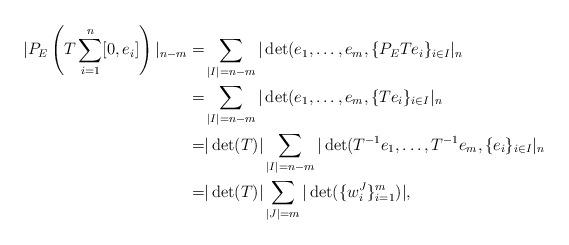
LaTeX: \begin{align*} |P_{E} \left(T \sum_{i=1}^n [0, e_i]\right)|_{n-m} = & \sum_{|I|=n-m} |\det(e_1, \dots, e_m, \{P_E T e_i\}_{i \in I}|_{n} \\=&\sum_{|I|=n-m} |\det(e_1, \dots, e_m, \{Te_i\}_{i \in I}|_{n}\\=& |\det(T)| \sum_{|I|=n-m} |\det(T^{-1}e_1, \dots, T^{-1} e_m, \{ e_i\}_{i \in I}|_{n} \\=& |\det(T)| \sum_{|J|=m}|\det(\{w_i^J\}_{i=1}^m)|,\end{align*}